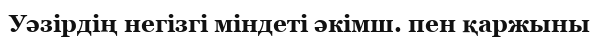
Уәзірдің негізгі міндеті әкімш. пен қаржыны